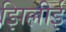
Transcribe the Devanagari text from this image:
झिल्लीई